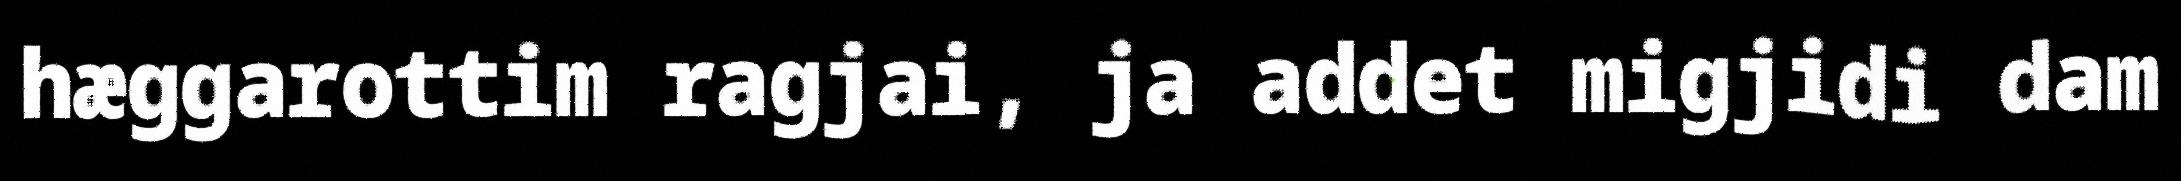
hæggarottim ragjai, ja addet migjidi dam